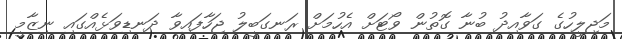
މަޖިލީހުގެ ގަވާއިދު ބުނާ ގޮތުން ވޯޓަށް އެހުމަށް ރަނގަބީލު ޖަހާފައިވާ ދަނޑިވަޅެއްގައި ނިޒާމީ